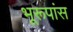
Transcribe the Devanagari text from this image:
भूरूपांस